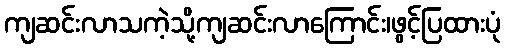
ကျဆင်းလာသကဲ့သို့ကျဆင်းလာကြောင်း၊ဖွင့်ပြထားပုံ